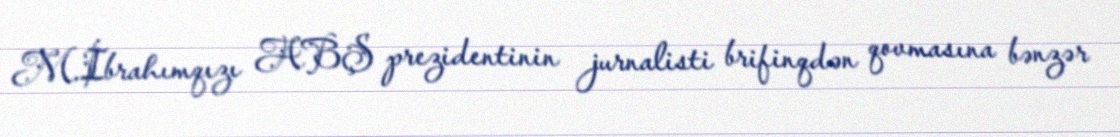
M.İbrahımqızı ABŞ prezidentinin jurnalisti brifinqdən qovmasına bənzər